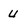
Character: u